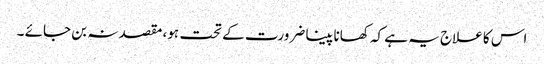
اس کا علاج یہ ہے کہ کھانا پینا ضرورت کے تحت ہو، مقصد نہ بن جائے ۔